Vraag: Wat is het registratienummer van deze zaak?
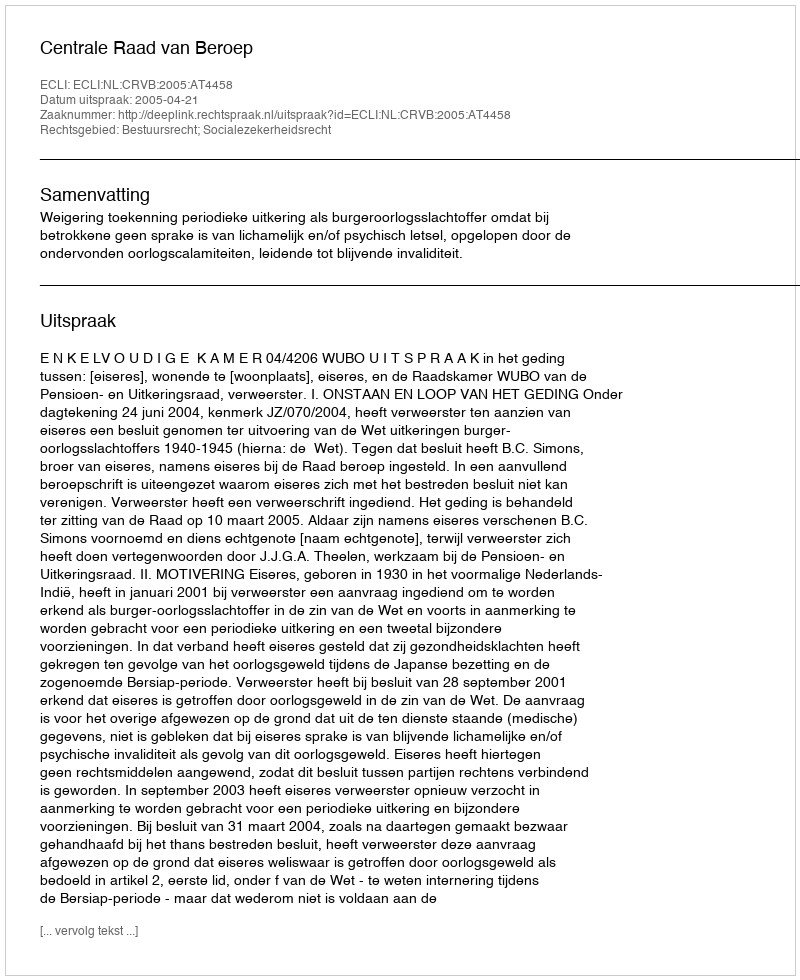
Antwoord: http://deeplink.rechtspraak.nl/uitspraak?id=ECLI:NL:CRVB:2005:AT4458